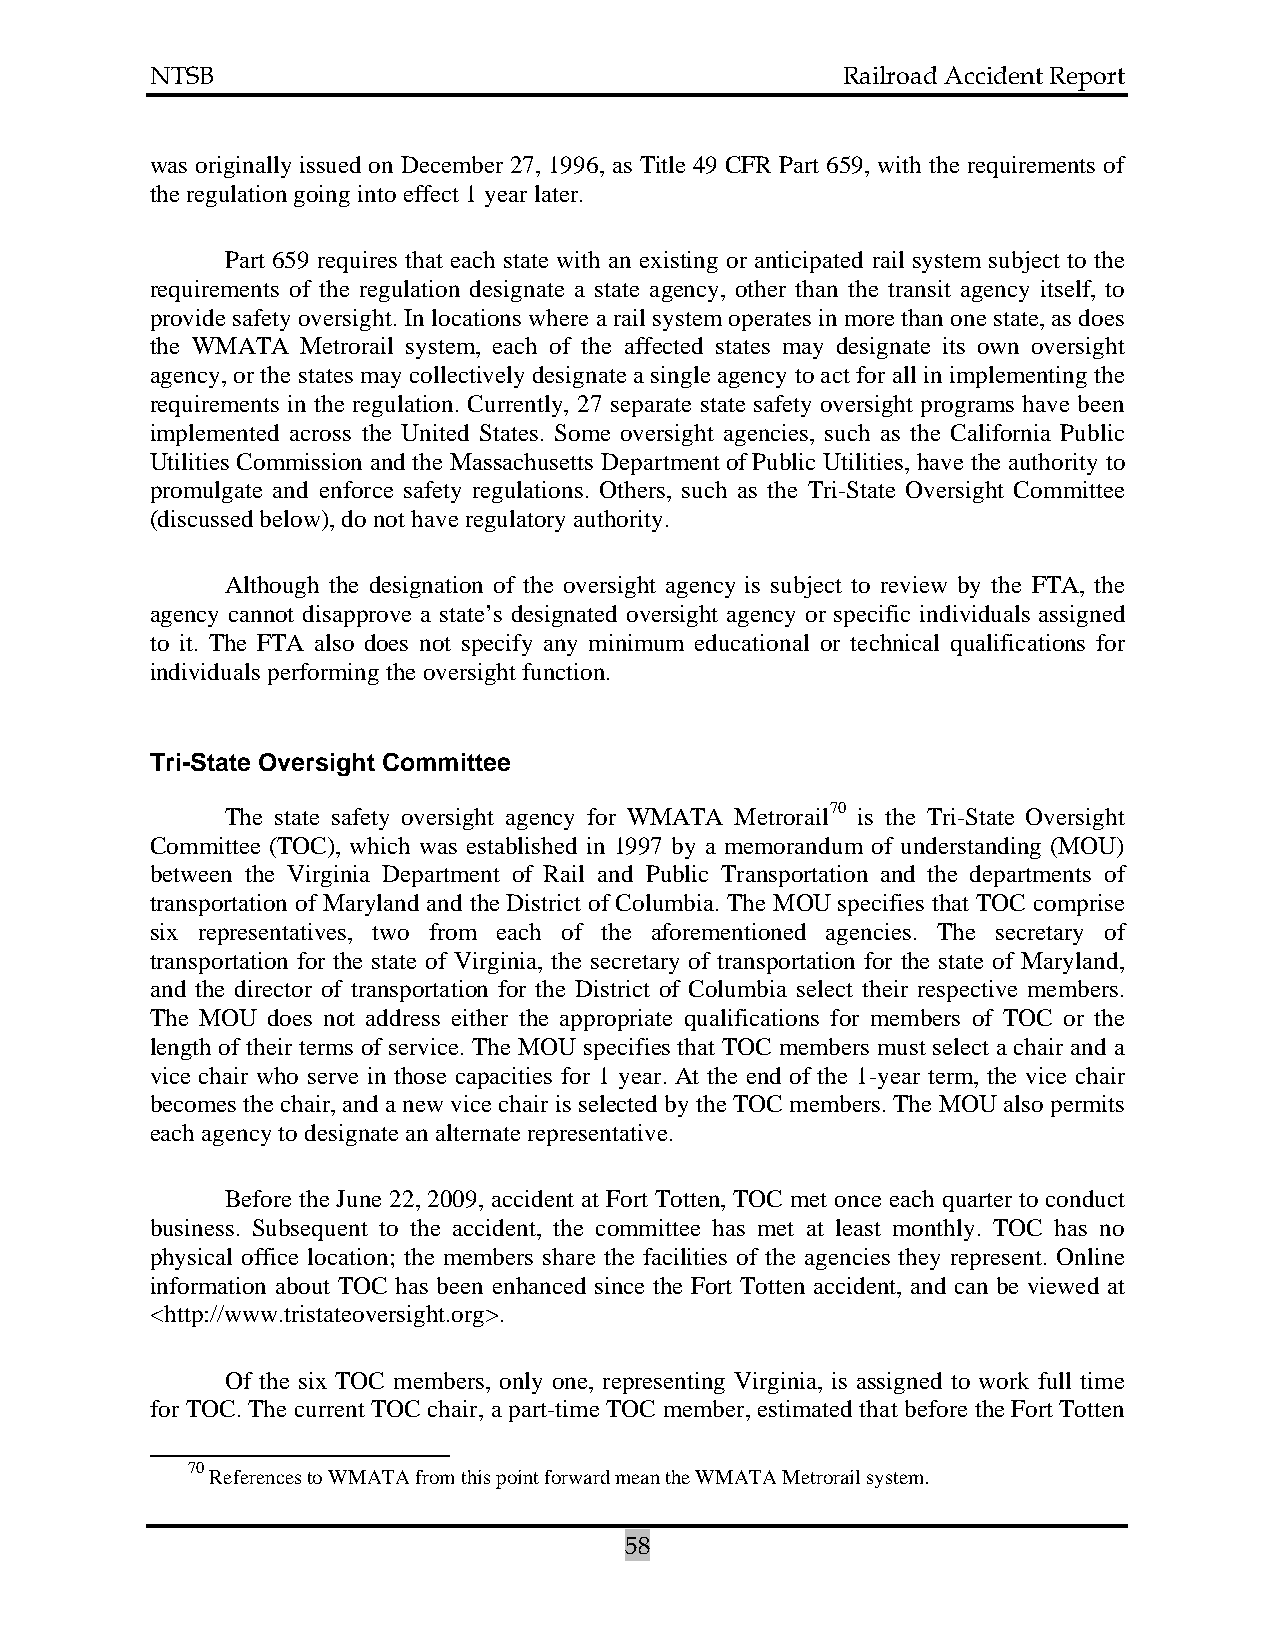
NTSB                                          Railroad Accident Report
 was originally issued on December 27, 1996, as Title 49 CFR Part 659, with the requirements of
 the regulation going into effect 1 year later.
 Part 659 requires that each state with an existing or anticipated rail system subject to the
 requirements of the regulation designate a state agency, other than the transit agency itself, to
 provide safety oversight. In locations where a rail system operates in more than one state, as does
 the WMATA Metrorail system, each of the affected states may designate its own oversight
 agency, or the states may collectively designate a single agency to act for all in implementing the
 requirements in the regulation. Currently, 27 separate state safety oversight programs have been
 implemented across the United States. Some oversight agencies, such as the California Public
 Utilities Commission and the Massachusetts Department of Public Utilities, have the authority to
 promulgate and enforce safety regulations. Others, such as the Tri-State Oversight Committee
 (discussed below), do not have regulatory authority.
 Although the designation of the oversight agency is subject to review by the FTA, the
 agency cannot disapprove a state’s designated oversight agency or specific individuals assigned
 to it. The FTA also does not specify any minimum educational or technical qualifications for
 individuals performing the oversight function.
 Tri-State Oversight Committee
 The state safety oversight agency for WMATA Metrorail70 is the Tri-State Oversight
 Committee (TOC), which was established in 1997 by a memorandum of understanding (MOU)
 between the Virginia Department of Rail and Public Transportation and the departments of
 transportation of Maryland and the District of Columbia. The MOU specifies that TOC comprise
 six representatives, two from each of the aforementioned agencies. The secretary of
 transportation for the state of Virginia, the secretary of transportation for the state of Maryland,
 and the director of transportation for the District of Columbia select their respective members.
 The MOU does not address either the appropriate qualifications for members of TOC or the
 length of their terms of service. The MOU specifies that TOC members must select a chair and a
 vice chair who serve in those capacities for 1 year. At the end of the 1-year term, the vice chair
 becomes the chair, and a new vice chair is selected by the TOC members. The MOU also permits
 each agency to designate an alternate representative.
 Before the June 22, 2009, accident at Fort Totten, TOC met once each quarter to conduct
 business. Subsequent to the accident, the committee has met at least monthly. TOC has no
 physical office location; the members share the facilities of the agencies they represent. Online
 information about TOC has been enhanced since the Fort Totten accident, and can be viewed at
 <http://www.tristateoversight.org>.
 Of the six TOC members, only one, representing Virginia, is assigned to work full time
 for TOC. The current TOC chair, a part-time TOC member, estimated that before the Fort Totten
 70
 References to WMATA from this point forward mean the WMATA Metrorail system.
 58